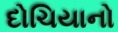
દોચિયાનો